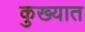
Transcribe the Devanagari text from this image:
कुख्‍यात